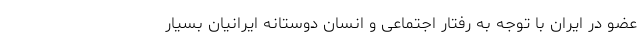
عضو در ایران با توجه به رفتار اجتماعی و انسان دوستانه ایرانیان بسیار